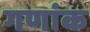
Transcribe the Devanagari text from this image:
गणांक